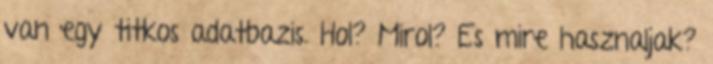
van egy titkos adatbazis. Hol? Mirol? Es mire hasznaljak?